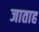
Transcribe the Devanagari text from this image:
जाताह